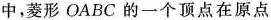
中，菱形OABC的一个顶点在原点